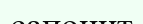
сапонит